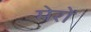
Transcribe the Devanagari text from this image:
मेरों